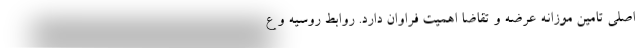
اصلی تامین موزانه عرضه و تقاضا اهمیت فراوان دارد. روابط روسیه و ع